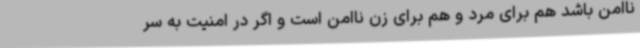
ناامن باشد هم برای مرد و هم برای زن ناامن است و اگر در امنیت به سر